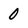
Character: 0